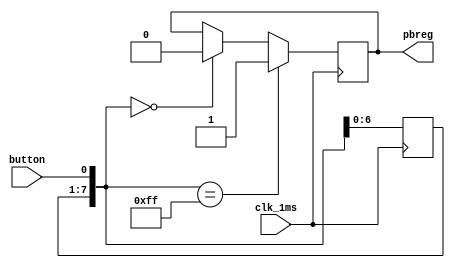
module pbdebounce(
    input wire clk_1ms,
	input wire button, 
	output reg pbreg
);

    reg [7:0] pbshift;

	always @(posedge clk_1ms) begin
		pbshift = pbshift << 1;  // purge the leftest bit and make room for the new incoming bit to the rightest bit position
		pbshift[0] = button;  // record button state at the newly available space
		if (pbshift == 8'b0)
			pbreg = 0;
		if (pbshift == 8'hFF)  // contigeous pressing signal of button is made
			pbreg = 1;	
	end

endmodule